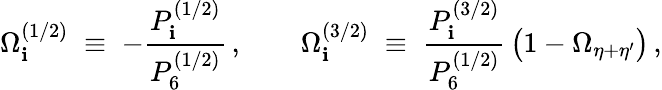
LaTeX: \Omega_{\mathbf{i}}^{(1/2)}\; \equiv\; -\frac{{P_{\mathbf{i}}^{(1/2)}}}{{P_{6}^{(1/2)}}}\, ,\qquad\Omega_{\mathbf{i}}^{(3/2)}\; \equiv\; \frac{{P_{\mathbf{i}}^{(3/2)}}}{{P_{6}^{(1/2)}}}\, \big(1-\Omega_{\eta+\eta^{\prime}}\big)\, ,